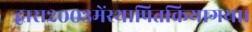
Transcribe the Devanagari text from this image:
द्वारा२००३मेंस्थापितकियागया।